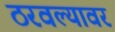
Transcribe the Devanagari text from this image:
ठरवल्यावर